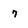
Character: 7